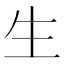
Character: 生